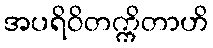
အပရိဝိတက္ကိတာဟိ